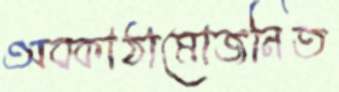
অবকাঠামোজনিত